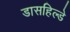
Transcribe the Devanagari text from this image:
डासहिल्डे